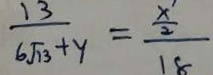
\frac { 1 3 } { 6 \sqrt { 1 3 } + y } = \frac { \frac { x } { 2 } } { 1 8 }